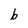
Character: b